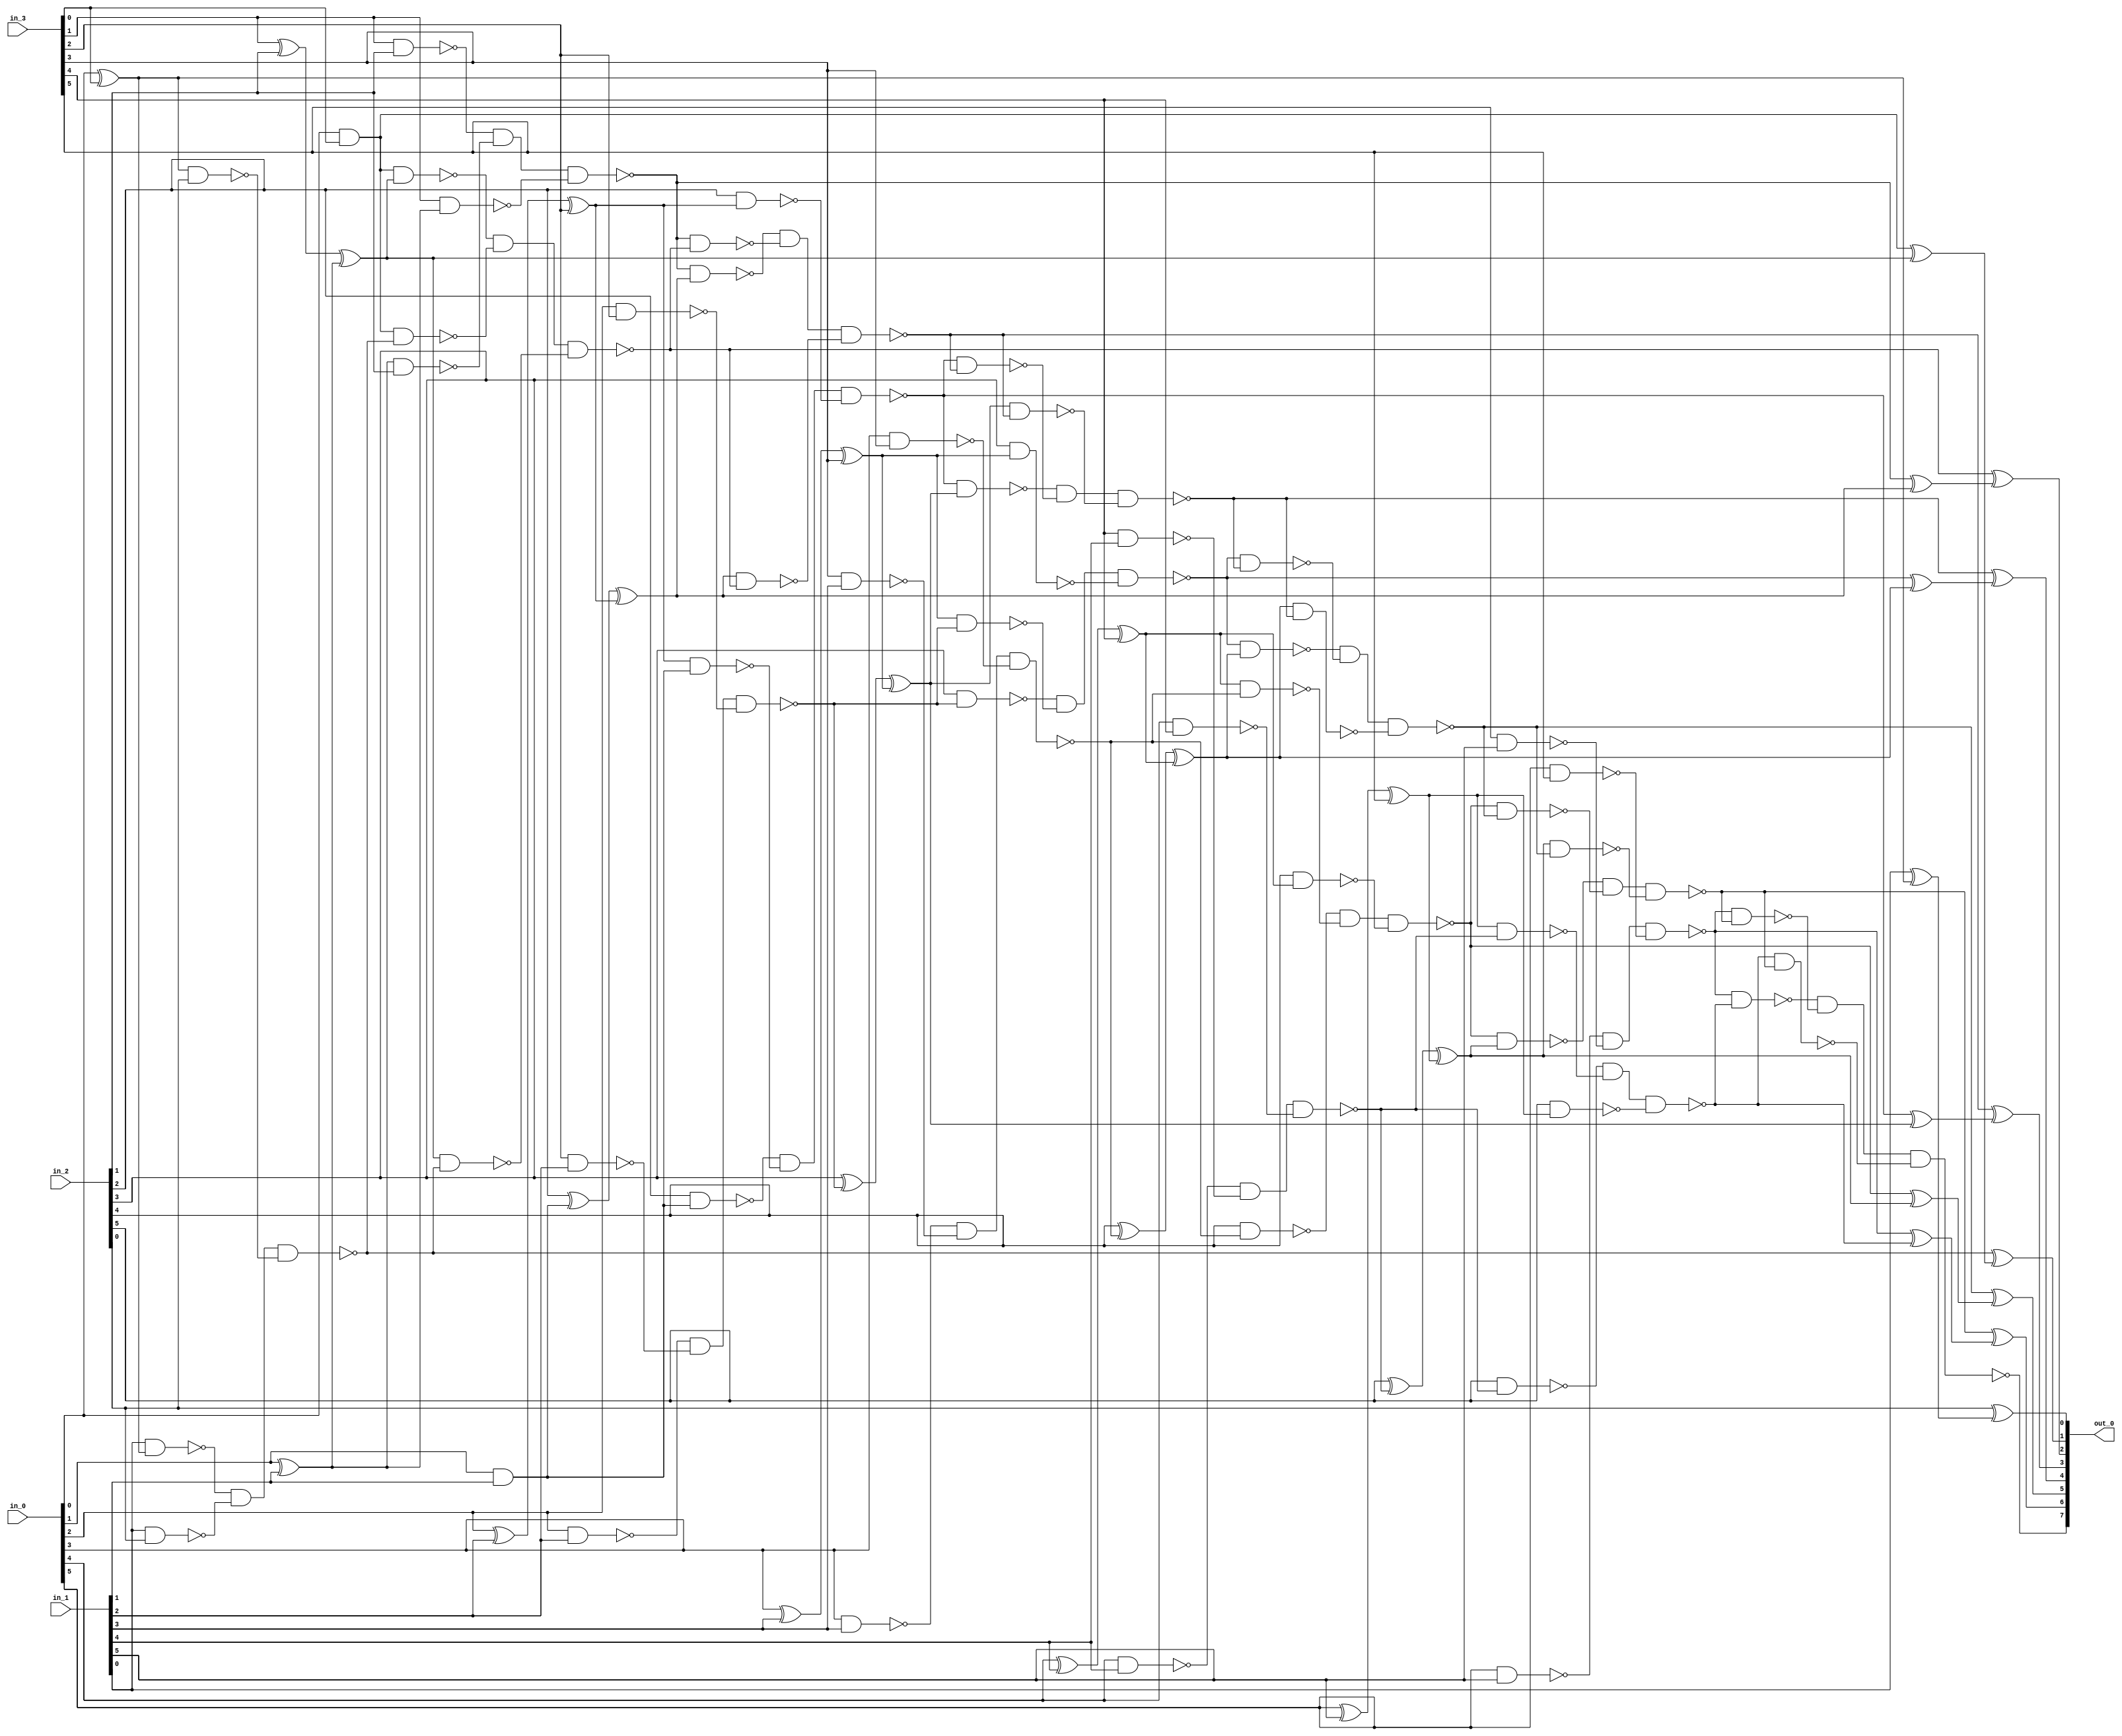
module csa_tree_add_745_40_group_17_GENERIC_REAL(in_0, in_1, in_2,
     in_3, out_0);
// synthesis_equation "assign out_0 = ( ( ( in_2 + in_3 )  + in_1 )  + in_0 )  ;"
  input [5:0] in_0, in_1, in_2, in_3;
  output [7:0] out_0;
  wire [5:0] in_0, in_1, in_2, in_3;
  wire [7:0] out_0;
  wire n_34, n_35, n_36, n_37, n_38, n_39, n_40, n_42;
  wire n_43, n_44, n_45, n_46, n_47, n_48, n_49, n_50;
  wire n_51, n_52, n_53, n_54, n_55, n_56, n_57, n_58;
  wire n_59, n_60, n_61, n_62, n_63, n_64, n_65, n_66;
  wire n_67, n_68, n_69, n_70, n_71, n_72, n_73, n_74;
  wire n_75, n_76, n_77, n_78, n_79, n_80, n_81, n_82;
  wire n_83, n_84, n_85, n_86, n_87, n_88, n_89, n_90;
  wire n_91, n_92, n_93, n_94, n_95, n_96, n_97, n_98;
  wire n_99, n_100, n_101, n_102, n_103, n_104, n_105, n_106;
  wire n_107, n_108, n_109, n_110, n_111, n_112, n_113, n_114;
  wire n_115, n_116, n_117, n_118, n_119, n_120, n_121, n_122;
  wire n_123, n_124, n_125, n_126;
  xor g1 (n_48, in_0[0], in_3[0]);
  and g12 (n_39, in_0[0], in_3[0]);
  xor g13 (n_50, in_0[1], in_1[1]);
  and g2 (n_51, in_0[1], in_1[1]);
  xor g14 (n_49, in_3[1], in_2[1]);
  xor g15 (n_47, n_49, n_50);
  nand g3 (n_59, in_3[1], in_2[1]);
  nand g16 (n_60, n_50, in_2[1]);
  nand g17 (n_61, in_3[1], n_50);
  nand g18 (n_38, n_59, n_60, n_61);
  xor g19 (n_62, in_0[2], in_1[2]);
  xor g20 (n_52, n_62, in_3[2]);
  nand g21 (n_63, in_0[2], in_1[2]);
  nand g4 (n_64, in_3[2], in_1[2]);
  nand g22 (n_65, in_0[2], in_3[2]);
  nand g23 (n_53, n_63, n_64, n_65);
  xor g24 (n_66, in_2[2], n_51);
  xor g25 (n_46, n_66, n_52);
  nand g26 (n_67, in_2[2], n_51);
  nand g27 (n_68, n_52, n_51);
  nand g5 (n_69, in_2[2], n_52);
  nand g28 (n_37, n_67, n_68, n_69);
  xor g29 (n_70, in_0[3], in_1[3]);
  xor g30 (n_54, n_70, in_3[3]);
  nand g31 (n_71, in_0[3], in_1[3]);
  nand g32 (n_72, in_3[3], in_1[3]);
  nand g33 (n_73, in_0[3], in_3[3]);
  nand g6 (n_55, n_71, n_72, n_73);
  xor g34 (n_74, in_2[3], n_53);
  xor g35 (n_45, n_74, n_54);
  nand g36 (n_75, in_2[3], n_53);
  nand g37 (n_76, n_54, n_53);
  nand g38 (n_77, in_2[3], n_54);
  nand g39 (n_36, n_75, n_76, n_77);
  xor g40 (n_78, in_0[4], in_1[4]);
  xor g41 (n_56, n_78, in_3[4]);
  nand g42 (n_79, in_0[4], in_1[4]);
  nand g43 (n_80, in_3[4], in_1[4]);
  nand g44 (n_81, in_0[4], in_3[4]);
  nand g45 (n_57, n_79, n_80, n_81);
  xor g46 (n_82, in_2[4], n_55);
  xor g47 (n_44, n_82, n_56);
  nand g48 (n_83, in_2[4], n_55);
  nand g49 (n_84, n_56, n_55);
  nand g50 (n_85, in_2[4], n_56);
  nand g51 (n_35, n_83, n_84, n_85);
  xor g52 (n_86, in_0[5], in_1[5]);
  xor g53 (n_58, n_86, in_3[5]);
  nand g54 (n_87, in_0[5], in_1[5]);
  nand g55 (n_88, in_3[5], in_1[5]);
  nand g56 (n_89, in_0[5], in_3[5]);
  nand g57 (n_34, n_87, n_88, n_89);
  xor g58 (n_90, in_2[5], n_57);
  xor g59 (n_43, n_90, n_58);
  nand g60 (n_91, in_2[5], n_57);
  nand g61 (n_92, n_58, n_57);
  nand g62 (n_93, in_2[5], n_58);
  nand g63 (n_42, n_91, n_92, n_93);
  nand g64 (n_94, in_1[0], n_48);
  nand g65 (n_95, in_1[0], in_2[0]);
  nand g66 (n_96, n_48, in_2[0]);
  nand g67 (n_98, n_94, n_95, n_96);
  xor g68 (n_97, in_1[0], n_48);
  xor g69 (out_0[0], in_2[0], n_97);
  nand g7 (n_99, n_39, n_47);
  nand g8 (n_100, n_39, n_98);
  nand g9 (n_101, n_47, n_98);
  nand g10 (n_103, n_99, n_100, n_101);
  xor g11 (n_102, n_39, n_47);
  xor g70 (out_0[1], n_98, n_102);
  nand g71 (n_104, n_38, n_46);
  nand g72 (n_105, n_38, n_103);
  nand g73 (n_106, n_46, n_103);
  nand g74 (n_40, n_104, n_105, n_106);
  xor g75 (n_107, n_38, n_46);
  xor g76 (out_0[2], n_103, n_107);
  nand g77 (n_108, n_37, n_45);
  nand g78 (n_109, n_37, n_40);
  nand g79 (n_110, n_45, n_40);
  nand g80 (n_112, n_108, n_109, n_110);
  xor g81 (n_111, n_37, n_45);
  xor g82 (out_0[3], n_40, n_111);
  nand g83 (n_113, n_36, n_44);
  nand g84 (n_114, n_36, n_112);
  nand g85 (n_115, n_44, n_112);
  nand g86 (n_117, n_113, n_114, n_115);
  xor g87 (n_116, n_36, n_44);
  xor g88 (out_0[4], n_112, n_116);
  nand g89 (n_118, n_35, n_43);
  nand g90 (n_119, n_35, n_117);
  nand g91 (n_120, n_43, n_117);
  nand g92 (n_122, n_118, n_119, n_120);
  xor g93 (n_121, n_35, n_43);
  xor g94 (out_0[5], n_117, n_121);
  nand g95 (n_123, n_34, n_42);
  nand g96 (n_124, n_34, n_122);
  nand g97 (n_125, n_42, n_122);
  nand g98 (out_0[7], n_123, n_124, n_125);
  xor g99 (n_126, n_34, n_42);
  xor g100 (out_0[6], n_122, n_126);
endmodule

module csa_tree_add_745_40_group_17_GENERIC(in_0, in_1, in_2, in_3,
     out_0);
  input [5:0] in_0, in_1, in_2, in_3;
  output [7:0] out_0;
  wire [5:0] in_0, in_1, in_2, in_3;
  wire [7:0] out_0;
  csa_tree_add_745_40_group_17_GENERIC_REAL g1(.in_0 (in_0), .in_1
       (in_1), .in_2 (in_2), .in_3 (in_3), .out_0 (out_0));
endmodule